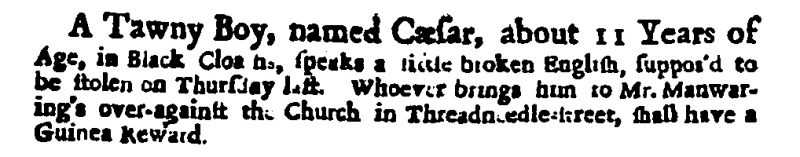
Daily Courant, 10 October 1713 (England)
A Tawny Boy, named Cæsar, about 11 Years of Age, in Black Cloaths, speaks a little broken English, suppos'd to be stolen on Thursday last. Whoever brings him to Mr. Manwaring’s over-against the Church in Threadneedle-street, shall have a Guinea Reward.